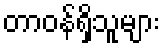
တာဝန်ရှိသူများ